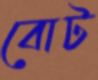
বোট